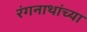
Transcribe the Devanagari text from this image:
रंगनाथांच्या